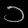
Digit: ၁